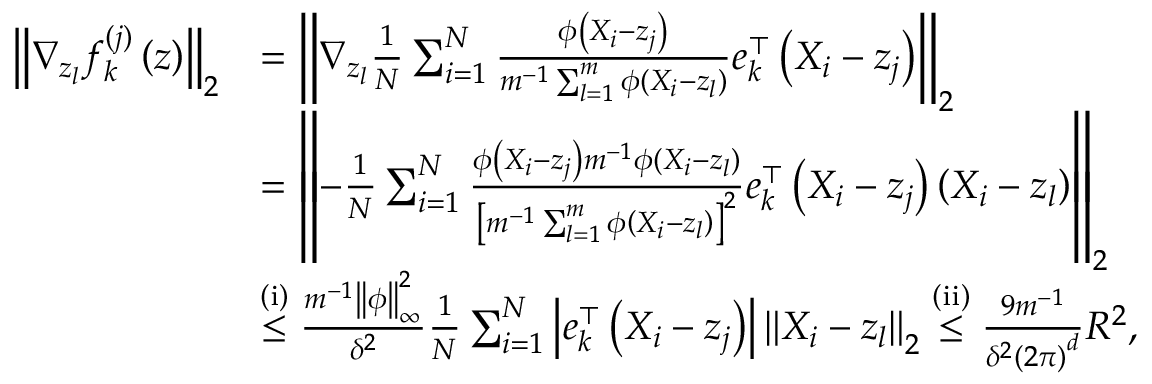
\begin{array} { r l } { \left\Vert \nabla _ { z _ { l } } f _ { k } ^ { ( j ) } \left( z \right) \right\Vert _ { 2 } } & { = \left\Vert \nabla _ { z _ { l } } \frac { 1 } { N } \sum _ { i = 1 } ^ { N } \frac { \phi \left( X _ { i } - z _ { j } \right) } { m ^ { - 1 } \sum _ { l = 1 } ^ { m } \phi \left( X _ { i } - z _ { l } \right) } e _ { k } ^ { \top } \left( X _ { i } - z _ { j } \right) \right\Vert _ { 2 } } \\ & { = \left\Vert - \frac { 1 } { N } \sum _ { i = 1 } ^ { N } \frac { \phi \left( X _ { i } - z _ { j } \right) m ^ { - 1 } \phi \left( X _ { i } - z _ { l } \right) } { \left[ m ^ { - 1 } \sum _ { l = 1 } ^ { m } \phi \left( X _ { i } - z _ { l } \right) \right] ^ { 2 } } e _ { k } ^ { \top } \left( X _ { i } - z _ { j } \right) \left( X _ { i } - z _ { l } \right) \right\Vert _ { 2 } } \\ & { \overset { \mathrm { ( i ) } } { \leq } \frac { m ^ { - 1 } \left\Vert \phi \right\Vert _ { \infty } ^ { 2 } } { \delta ^ { 2 } } \frac { 1 } { N } \sum _ { i = 1 } ^ { N } \left| e _ { k } ^ { \top } \left( X _ { i } - z _ { j } \right) \right| \left\Vert X _ { i } - z _ { l } \right\Vert _ { 2 } \overset { \mathrm { ( i i ) } } { \leq } \frac { 9 m ^ { - 1 } } { \delta ^ { 2 } \left( 2 \pi \right) ^ { d } } R ^ { 2 } , } \end{array}